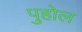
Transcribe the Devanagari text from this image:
पुहोल